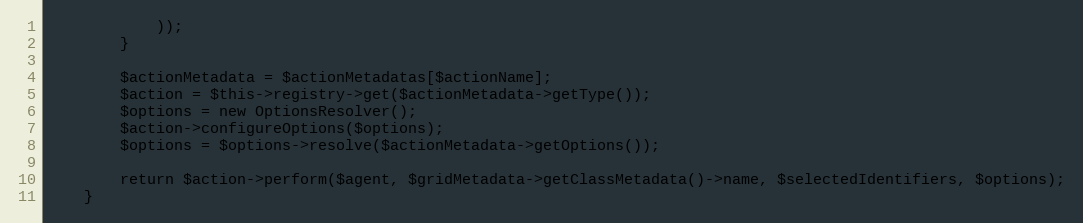
Language: PHP
            ));
        }

        $actionMetadata = $actionMetadatas[$actionName];
        $action = $this->registry->get($actionMetadata->getType());
        $options = new OptionsResolver();
        $action->configureOptions($options);
        $options = $options->resolve($actionMetadata->getOptions());

        return $action->perform($agent, $gridMetadata->getClassMetadata()->name, $selectedIdentifiers, $options);
    }